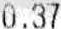
0.37